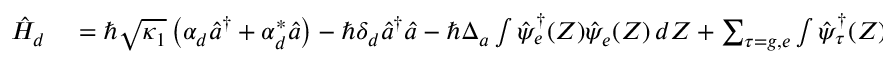
\begin{array} { r l } { \hat { H } _ { d } } & { { } = \hbar \sqrt { \kappa _ { 1 } } \left( \alpha _ { d } \hat { a } ^ { \dagger } + \alpha _ { d } ^ { * } \hat { a } \right) - \hbar \delta _ { d } \hat { a } ^ { \dagger } \hat { a } - \hbar \Delta _ { a } \int \hat { \psi } _ { e } ^ { \dagger } ( Z ) \hat { \psi } _ { e } ( Z ) \, d Z + \sum _ { \tau = g , e } \int \hat { \psi } _ { \tau } ^ { \dagger } ( Z ) \frac { \hat { p } ^ { 2 } } { 2 m } \hat { \psi } _ { \tau } ( Z ) \, d Z } \end{array}